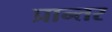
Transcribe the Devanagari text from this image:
प्रान्तर